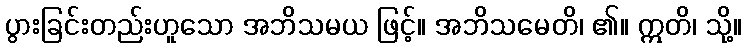
ပွားခြင်းတည်းဟူသော အဘိသမယ ဖြင့်။ အဘိသမေတိ၊ ၏။ ဣတိ၊ သို့။